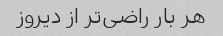
هر بار راضی‌تر از دیروز